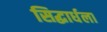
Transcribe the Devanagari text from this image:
सिद्धार्धला